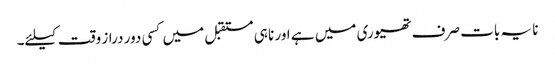
نا یہ بات صرف تھیوری میں ہے اور نا ہی مستقبل میں کسی دور دراز وقت کیلئے۔